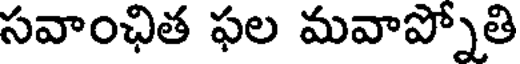
సవాంఛిత ఫల మవాప్నోతి